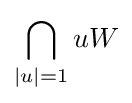
\bigcap _{|u|=1}uW